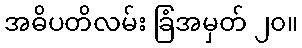
အဓိပတိလမ်း ခြံအမှတ် ၂၀။